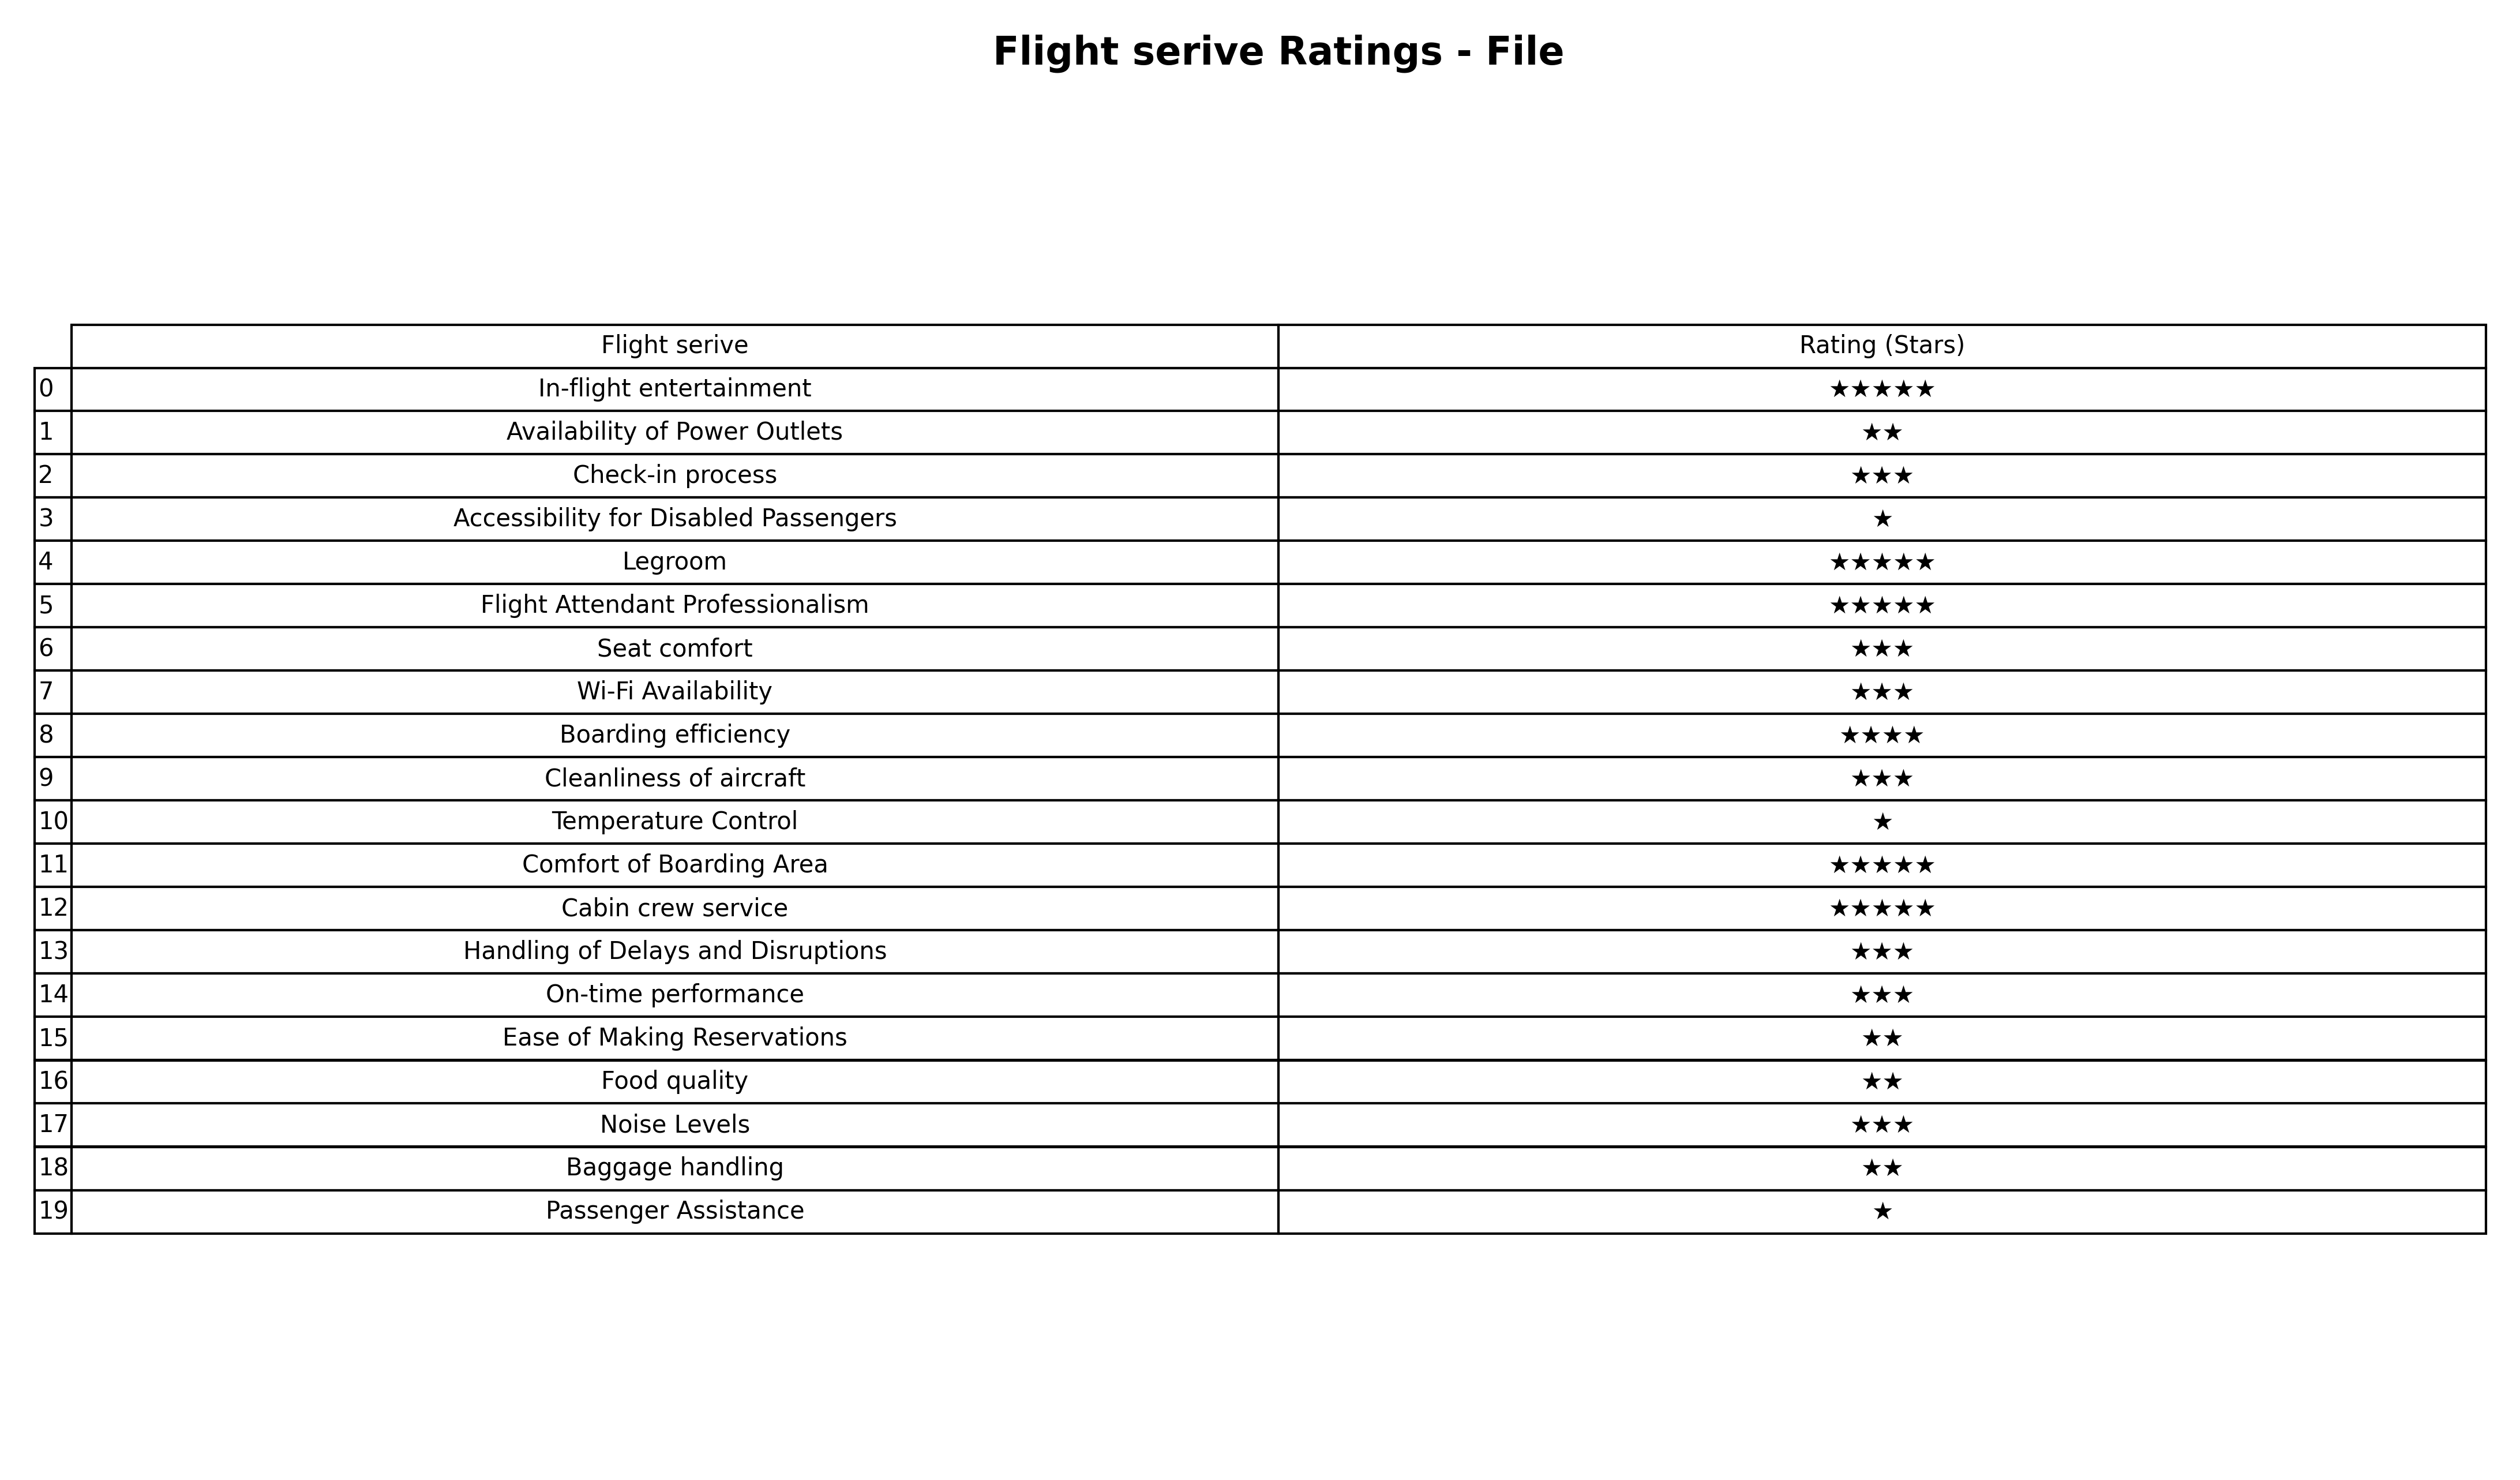
question: What are five star services?
answer: In-flight entertainmentLegroomFlight Attendant ProfessionalismComfort of Boarding AreaCabin crew service